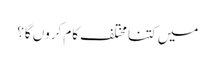
میں کتنا مختلف کام کروں گا؟